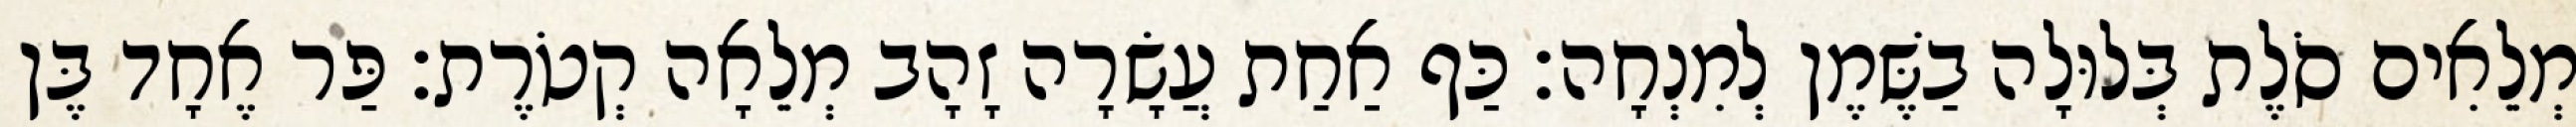
מְלֵאִים סֹלֶת בְּלוּלָה בַשֶּׁמֶן לְמִנְחָה׃ כַּף אַחַת עֲשָׂרָה זָהָב מְלֵאָה קְטֹרֶת׃ פַּר אֶחָד בֶּן